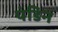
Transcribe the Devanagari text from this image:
पंडिन